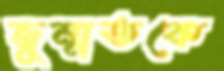
জুম্মতকে